Annual administration report of the Civil Veterinary Department, Sind - 1943-1944
Year: 1943
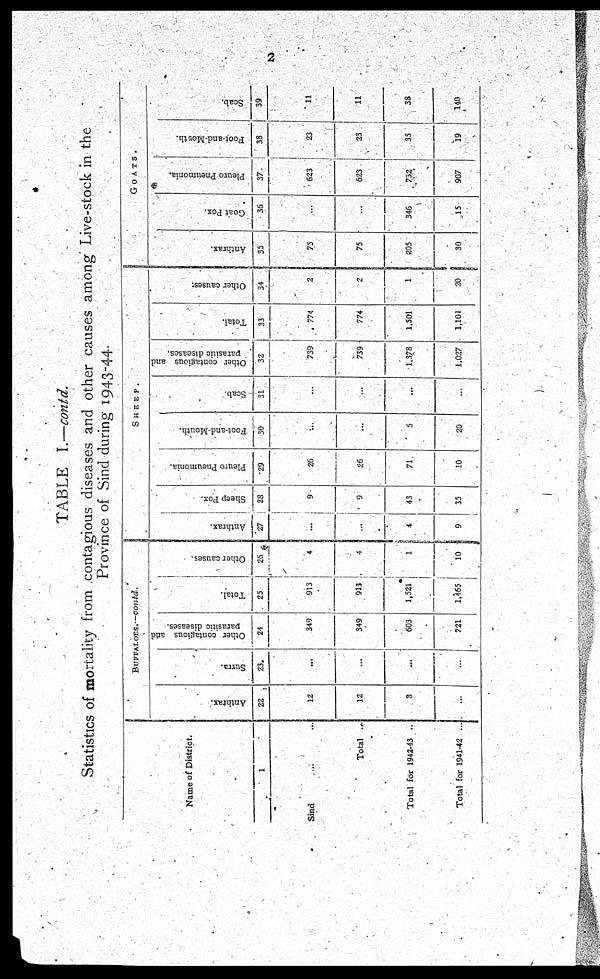
2
TABLE I.—contd.
Statistics of mortality from contagious diseases and other causes among Live-stock in the
Province of Sind during 1943-44.
Name of District.
1
Sind ... ...
Total
...
Total for 1942-43 ..
Total for 1941-42 ...
BUFFALOES— Contd.
Anthrax.
22
12
12
3
...
Surra.
23
...
...
...
...
Other contagious arid
parasitic diseases.
24
349
349
603
721
Total.
25
913
913
1,521
1,465
Other causes.
25
4
4
1
10
SHEEP.
Anthrax.
27
...
...
4
9
Sheep Pox.
28
9
9
43
35
Pleuro Pneumonia.
29
26
26
71
10
Foot-and-Mouth.
30
...
...
5
20
Scab.
31
...
...
...
...
Other contagious and
parasitic diseases.
32
739
739
1,378
1,027
Total.
33
774
774
1,501
1,101
Other causes.
34
2
2
1
20
GOATS.
Anthrax.
35
75
75
205
30
Goat Pox.
36
...
...
346
15
Pleuro Pneumonia.
37
623
623
732
907
Foot-and-Mouth.
38
23
23
35
19
Scab.
39
11
11
38
140